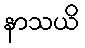
နာသယိ